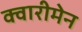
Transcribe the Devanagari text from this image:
क्वारीमेन